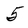
Character: 5